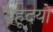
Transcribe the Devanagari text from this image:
यहूदयों